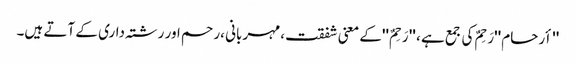
'' أرحام ''رَحِمٌ کی جمع ہے ، '' رَحِمٌ ''کے معنی شفقت ،مہربانی ،رحم اور رشتہ داری کے آتے ہیں۔